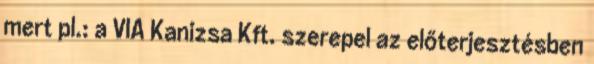
mert pl.: a VIA Kanizsa Kft. szerepel az előterjesztésben